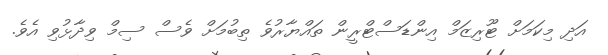
އަދި މިކަމަށް ޓޫރިޒަމް އިންޑަސްޓްރީން ތައްޔާރުވެ ތިބުމަށް ވެސް ސިމް ވިދާޅުވި އެވެ.